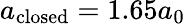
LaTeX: a_{\mathrm{closed}}=1.65a_{0}